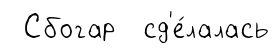
Сбогар сд'е́лалась